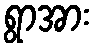
ရွာအား